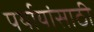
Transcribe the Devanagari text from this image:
पर्यायांसाठी